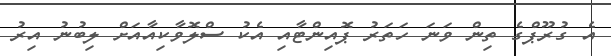
އެ ގުރޫޕްގެ ތިން ވަނަ ހަތަރު ޕޮއިންޓާއި އެކު ސްލޮވާކިއާއަށް ލިބުނު އިރު